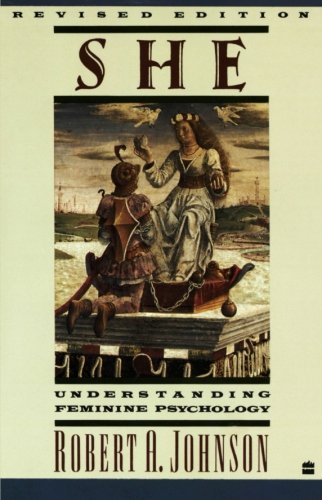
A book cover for She: Understanding Feminine Psychology; Robert A. Johnson; Medical Books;